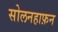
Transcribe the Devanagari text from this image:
सोलनहाफ़न